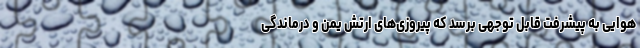
هوایی به پیشرفت قابل توجهی برسد که پیروزی‌های ارتش یمن و درماندگی